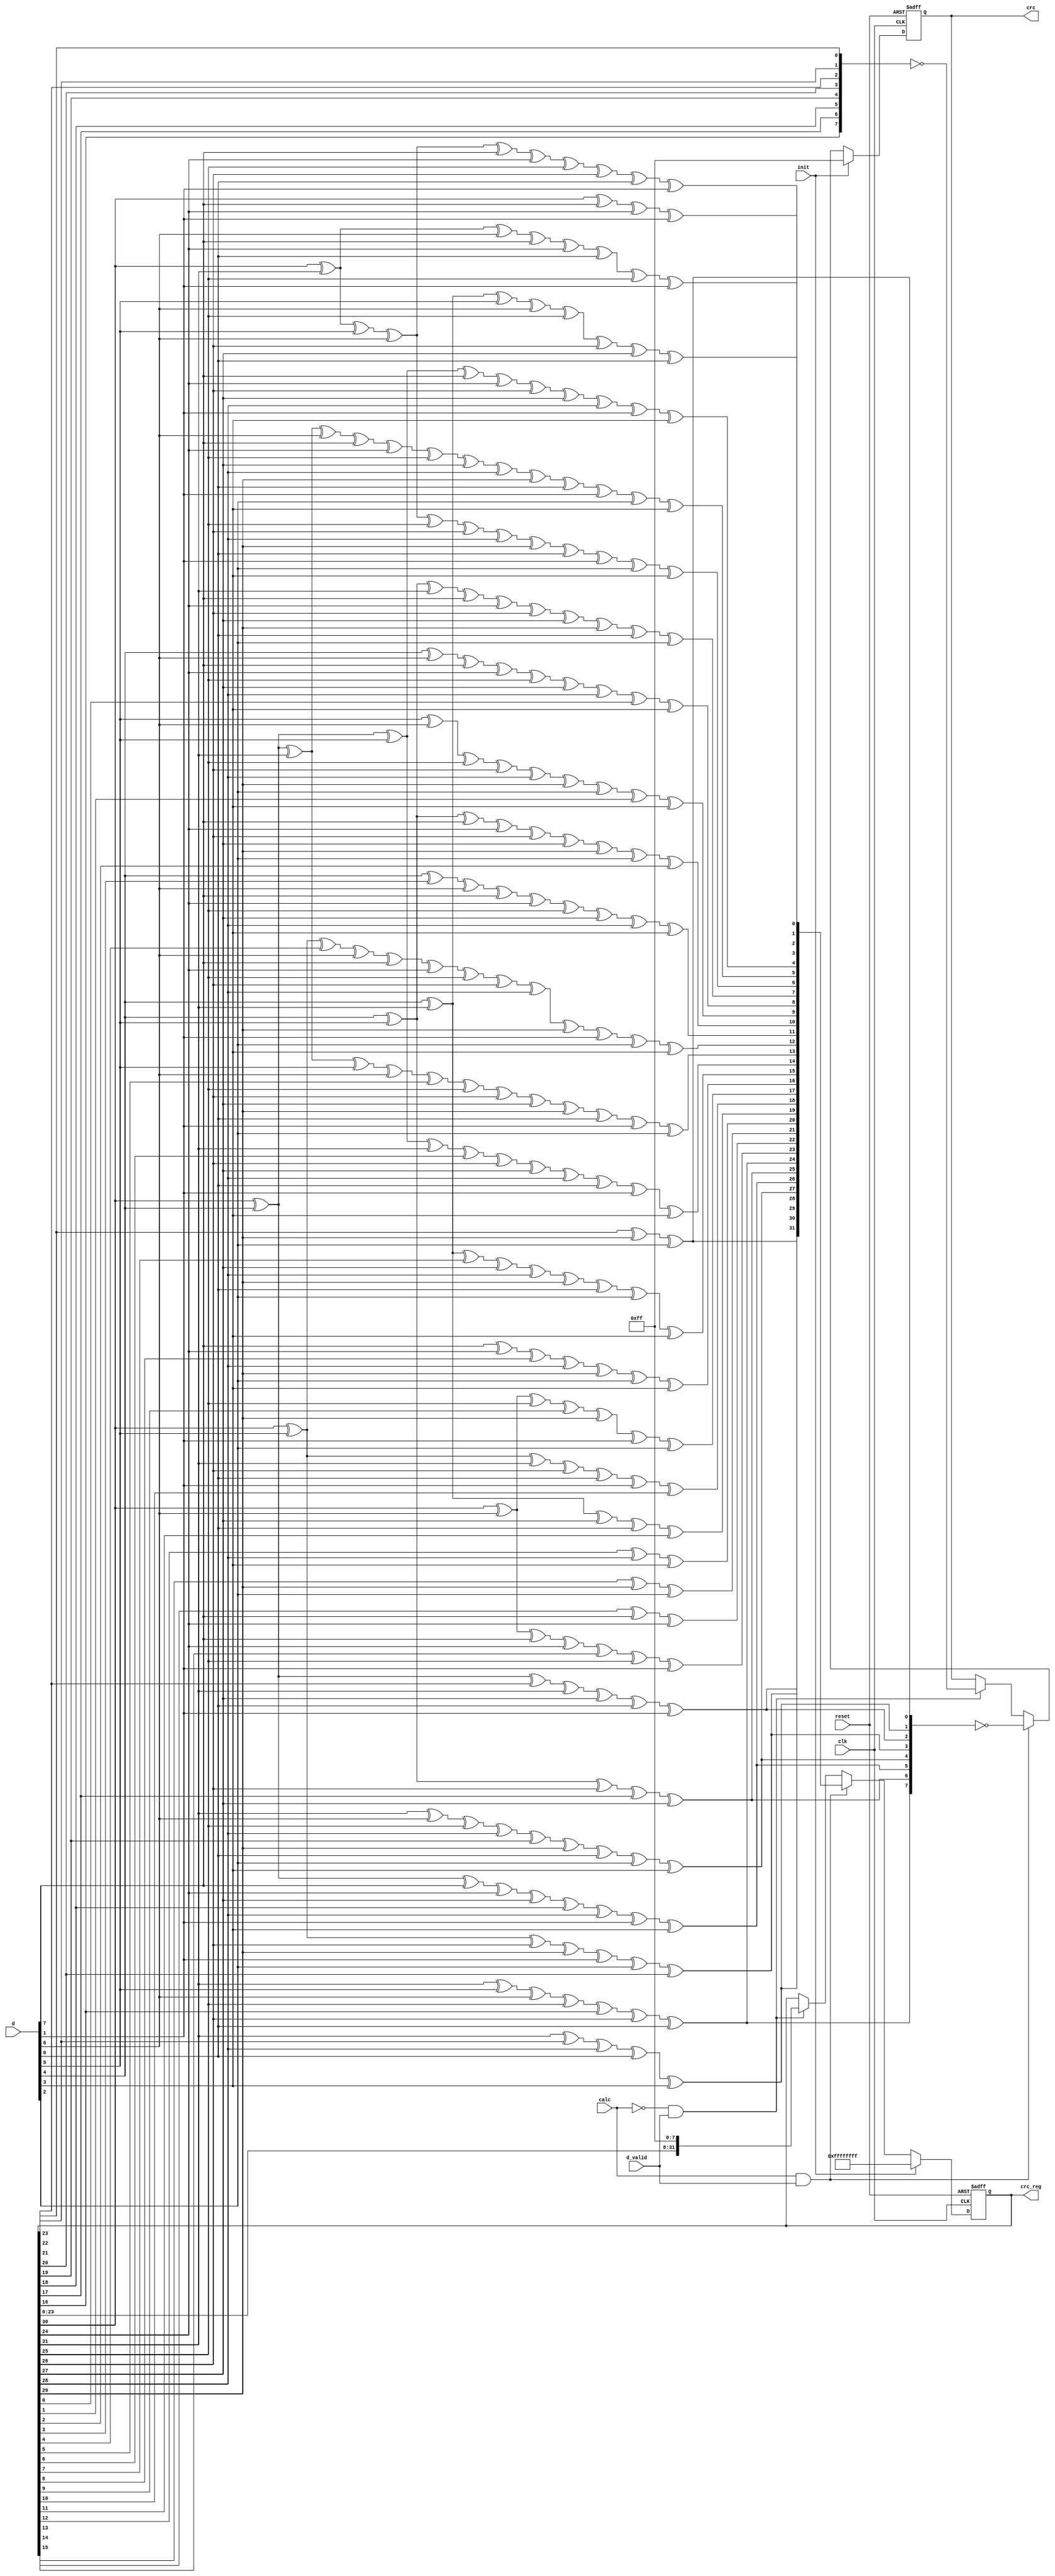
//////////////////////////////////////////////////////////////////////////////
//
// crc calculation
// This VERILOG code was generated using CRCGEN.PL version 1.6
// Options Used:
//    Module Name = crc32
//      CRC Width = 32
//     Data Width = 8
//     CRC Init   = F
//     Polynomial = [0 -> 32]
//        1 1 1 0 1 1 0 1 1 0 1 1 1 0 0 0 1 0 0 0 0 0 1 1 0 0 1 0 0 0 0 0 1
//
// Disclaimer: THESE DESIGNS ARE PROVIDED "AS IS" WITH NO WARRANTY
//             WHATSOEVER AND XILINX SPECIFICALLY DISCLAIMS ANY
//             IMPLIED WARRANTIES OF MERCHANTABILITY, FITNESS FOR
//             A PARTICULAR PURPOSE, OR AGAINST INFRINGEMENT.
//
// Copyright (c) 2001 Xilinx, Inc.  All rights reserved.
//
//
//////////////////////////////////////////////////////////////////////////////

module crc (
            crc_reg,
            crc,
            d,
            calc,
            init,
            d_valid,
            clk,
            reset
            );

   output [31:0] crc_reg;
   output [7:0]  crc;

   input [7:0]   d;
   input         calc;
   input         init;
   input         d_valid;
   input         clk;
   input         reset;

   reg [31:0]    crc_reg = 32'hFFFFFFFF;
   reg [7:0]     crc = 8'hFF;

   //////////////////////////////////////////////////////////////////////////////
   // Internal Signals
   //////////////////////////////////////////////////////////////////////////////
   wire [31:0]   next_crc;

   //////////////////////////////////////////////////////////////////////////////
   // Infer CRC-32 registers
   //
   // The crc_reg register stores the CRC-32 value.
   // The crc register is the most significant 8 bits of the
   // CRC-32 value.
   //
   // Truth Table:
   // -----+---------+----------+----------------------------------------------
   // calc | d_valid | crc_reg  | crc
   // -----+---------+----------+----------------------------------------------
   //  0   |     0   | crc_reg  | crc
   //  0   |     1   |  shift   | bit-swapped, complimented msbyte of crc_reg
   //  1   |     0   | crc_reg  | crc
   //  1   |     1   | next_crc | bit-swapped, complimented msbyte of next_crc
   // -----+---------+----------+----------------------------------------------
   //
   //////////////////////////////////////////////////////////////////////////////

   always @ (posedge clk or posedge reset)
     begin
        if (reset) begin
           crc_reg <= 32'hFFFFFFFF;
           crc     <= 8'hFF;
        end

        else if (init) begin
           crc_reg <= 32'hFFFFFFFF;
           crc     <=  8'hFF;
        end

        else if (calc & d_valid) begin
           crc_reg <= next_crc;
           crc     <= ~{next_crc[24], next_crc[25], next_crc[26], next_crc[27],
                        next_crc[28], next_crc[29], next_crc[30], next_crc[31]};
        end

        else if (~calc & d_valid) begin
           crc_reg <=  {crc_reg[23:0], 8'hFF};
           crc     <= ~{crc_reg[16], crc_reg[17], crc_reg[18], crc_reg[19],
                        crc_reg[20], crc_reg[21], crc_reg[22], crc_reg[23]};
        end
     end

   //////////////////////////////////////////////////////////////////////////////
   // CRC XOR equations
   //////////////////////////////////////////////////////////////////////////////

   assign next_crc[0] = crc_reg[30] ^ d[7] ^ crc_reg[24] ^ d[1];
   assign next_crc[1] = crc_reg[30] ^ crc_reg[31] ^ d[6] ^ d[7] ^ crc_reg[24] ^ d[0] ^ crc_reg[25] ^ d[1];
   assign next_crc[2] = crc_reg[30] ^ crc_reg[31] ^ d[5] ^ d[6] ^ d[7] ^ crc_reg[24] ^ crc_reg[25] ^ crc_reg[26] ^ d[0] ^ d[1];
   assign next_crc[3] = d[4] ^ crc_reg[31] ^ d[5] ^ d[6] ^ crc_reg[25] ^ crc_reg[26] ^ crc_reg[27] ^ d[0];
   assign next_crc[4] = crc_reg[30] ^ d[4] ^ d[5] ^ d[7] ^ crc_reg[24] ^ crc_reg[26] ^ crc_reg[27] ^ crc_reg[28] ^ d[1] ^ d[3];
   assign next_crc[5] = crc_reg[30] ^ d[4] ^ crc_reg[31] ^ d[6] ^ d[7] ^ crc_reg[24] ^ crc_reg[25] ^ crc_reg[27] ^ crc_reg[28] ^ crc_reg[29] ^ d[0] ^ d[1] ^ d[2] ^ d[3];
   assign next_crc[6] = crc_reg[30] ^ crc_reg[31] ^ d[5] ^ d[6] ^ crc_reg[25] ^ crc_reg[26] ^ crc_reg[28] ^ crc_reg[29] ^ d[0] ^ d[1] ^ d[2] ^ d[3];
   assign next_crc[7] = d[4] ^ d[5] ^ crc_reg[31] ^ d[7] ^ crc_reg[24] ^ crc_reg[26] ^ crc_reg[27] ^ crc_reg[29] ^ d[0] ^ d[2];
   assign next_crc[8] = d[4] ^ d[6] ^ d[7] ^ crc_reg[24] ^ crc_reg[25] ^ crc_reg[27] ^ crc_reg[28] ^ crc_reg[0] ^ d[3];
   assign next_crc[9] = d[5] ^ d[6] ^ crc_reg[25] ^ crc_reg[26] ^ crc_reg[28] ^ crc_reg[29] ^ d[2] ^ crc_reg[1] ^ d[3];
   assign next_crc[10] = d[4] ^ d[5] ^ d[7] ^ crc_reg[24] ^ crc_reg[26] ^ crc_reg[27] ^ crc_reg[29] ^ d[2] ^ crc_reg[2];
   assign next_crc[11] = d[4] ^ crc_reg[3] ^ d[6] ^ d[7] ^ crc_reg[24] ^ crc_reg[25] ^ crc_reg[27] ^ crc_reg[28] ^ d[3];
   assign next_crc[12] = crc_reg[30] ^ d[5] ^ crc_reg[4] ^ d[6] ^ d[7] ^ crc_reg[24] ^ crc_reg[25] ^ crc_reg[26] ^ crc_reg[28] ^ crc_reg[29] ^ d[1] ^ d[2] ^ d[3];
   assign next_crc[13] = d[4] ^ crc_reg[30] ^ crc_reg[31] ^ d[5] ^ d[6] ^ crc_reg[5] ^ crc_reg[25] ^ crc_reg[26] ^ crc_reg[27] ^ crc_reg[29] ^ d[0] ^ d[1] ^ d[2];
   assign next_crc[14] = d[4] ^ crc_reg[30] ^ d[5] ^ crc_reg[31] ^ crc_reg[6] ^ crc_reg[26] ^ crc_reg[27] ^ crc_reg[28] ^ d[0] ^ d[1] ^ d[3];
   assign next_crc[15] = d[4] ^ crc_reg[31] ^ crc_reg[7] ^ crc_reg[27] ^ crc_reg[28] ^ crc_reg[29] ^ d[0] ^ d[2] ^ d[3];
   assign next_crc[16] = d[7] ^ crc_reg[24] ^ crc_reg[8] ^ crc_reg[28] ^ crc_reg[29] ^ d[2] ^ d[3];
   assign next_crc[17] = crc_reg[30] ^ d[6] ^ crc_reg[25] ^ crc_reg[9] ^ crc_reg[29] ^ d[1] ^ d[2];
   assign next_crc[18] = crc_reg[30] ^ d[5] ^ crc_reg[31] ^ crc_reg[26] ^ d[0] ^ d[1] ^ crc_reg[10];
   assign next_crc[19] = d[4] ^ crc_reg[31] ^ crc_reg[27] ^ d[0] ^ crc_reg[11];
   assign next_crc[20] = crc_reg[12] ^ crc_reg[28] ^ d[3];
   assign next_crc[21] = crc_reg[13] ^ crc_reg[29] ^ d[2];
   assign next_crc[22] = crc_reg[14] ^ d[7] ^ crc_reg[24];
   assign next_crc[23] = crc_reg[30] ^ d[6] ^ d[7] ^ crc_reg[24] ^ crc_reg[15] ^ crc_reg[25] ^ d[1];
   assign next_crc[24] = crc_reg[31] ^ d[5] ^ d[6] ^ crc_reg[25] ^ crc_reg[16] ^ crc_reg[26] ^ d[0];
   assign next_crc[25] = d[4] ^ d[5] ^ crc_reg[26] ^ crc_reg[17] ^ crc_reg[27];
   assign next_crc[26] = crc_reg[30] ^ d[4] ^ d[7] ^ crc_reg[24] ^ crc_reg[27] ^ crc_reg[18] ^ crc_reg[28] ^ d[1] ^ d[3];
   assign next_crc[27] = crc_reg[31] ^ d[6] ^ crc_reg[25] ^ crc_reg[28] ^ crc_reg[19] ^ crc_reg[29] ^ d[0] ^ d[2] ^ d[3];
   assign next_crc[28] = crc_reg[30] ^ d[5] ^ crc_reg[26] ^ crc_reg[29] ^ d[1] ^ d[2] ^ crc_reg[20];
   assign next_crc[29] = d[4] ^ crc_reg[30] ^ crc_reg[21] ^ crc_reg[31] ^ crc_reg[27] ^ d[0] ^ d[1];
   assign next_crc[30] = crc_reg[31] ^ crc_reg[22] ^ crc_reg[28] ^ d[0] ^ d[3];
   assign next_crc[31] = crc_reg[23] ^ crc_reg[29] ^ d[2];
endmodule